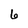
Character: 6